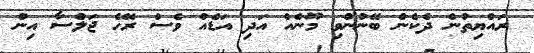
ރައްޔިތުން ދެކެން ބޭނުންވި މޫނެއް އަދި އަޑެއް ވެސް ރޭހެ ޖަލްސާ އިން